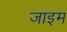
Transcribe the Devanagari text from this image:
जाइम